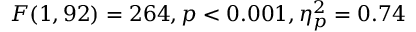
F ( 1 , 9 2 ) = 2 6 4 , p < 0 . 0 0 1 , \eta _ { p } ^ { 2 } = 0 . 7 4